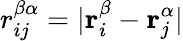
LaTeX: r_{ij}^{\beta\alpha}=|\mathbf{r}_{i}^{\beta}-\mathbf{r}_{j}^{\alpha}|